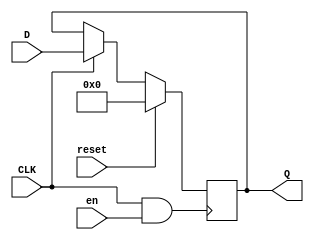
module temporary_register(Q,D,CLK,reset,en);
input reset,en;
input CLK;
input [63:0] D;
output [63:0] Q;
reg [63:0] Q;
always @(posedge CLK & en )
begin
if (reset)
Q <= 0;
else if(CLK==1)
Q <= D;
end
endmodule // reg64